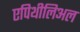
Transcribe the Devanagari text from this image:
एपिथीलिअल